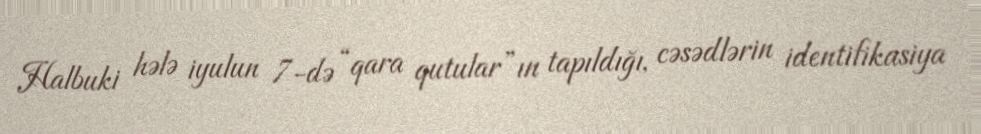
Halbuki hələ iyulun 7-də “qara qutular”ın tapıldığı, cəsədlərin identifikasiya